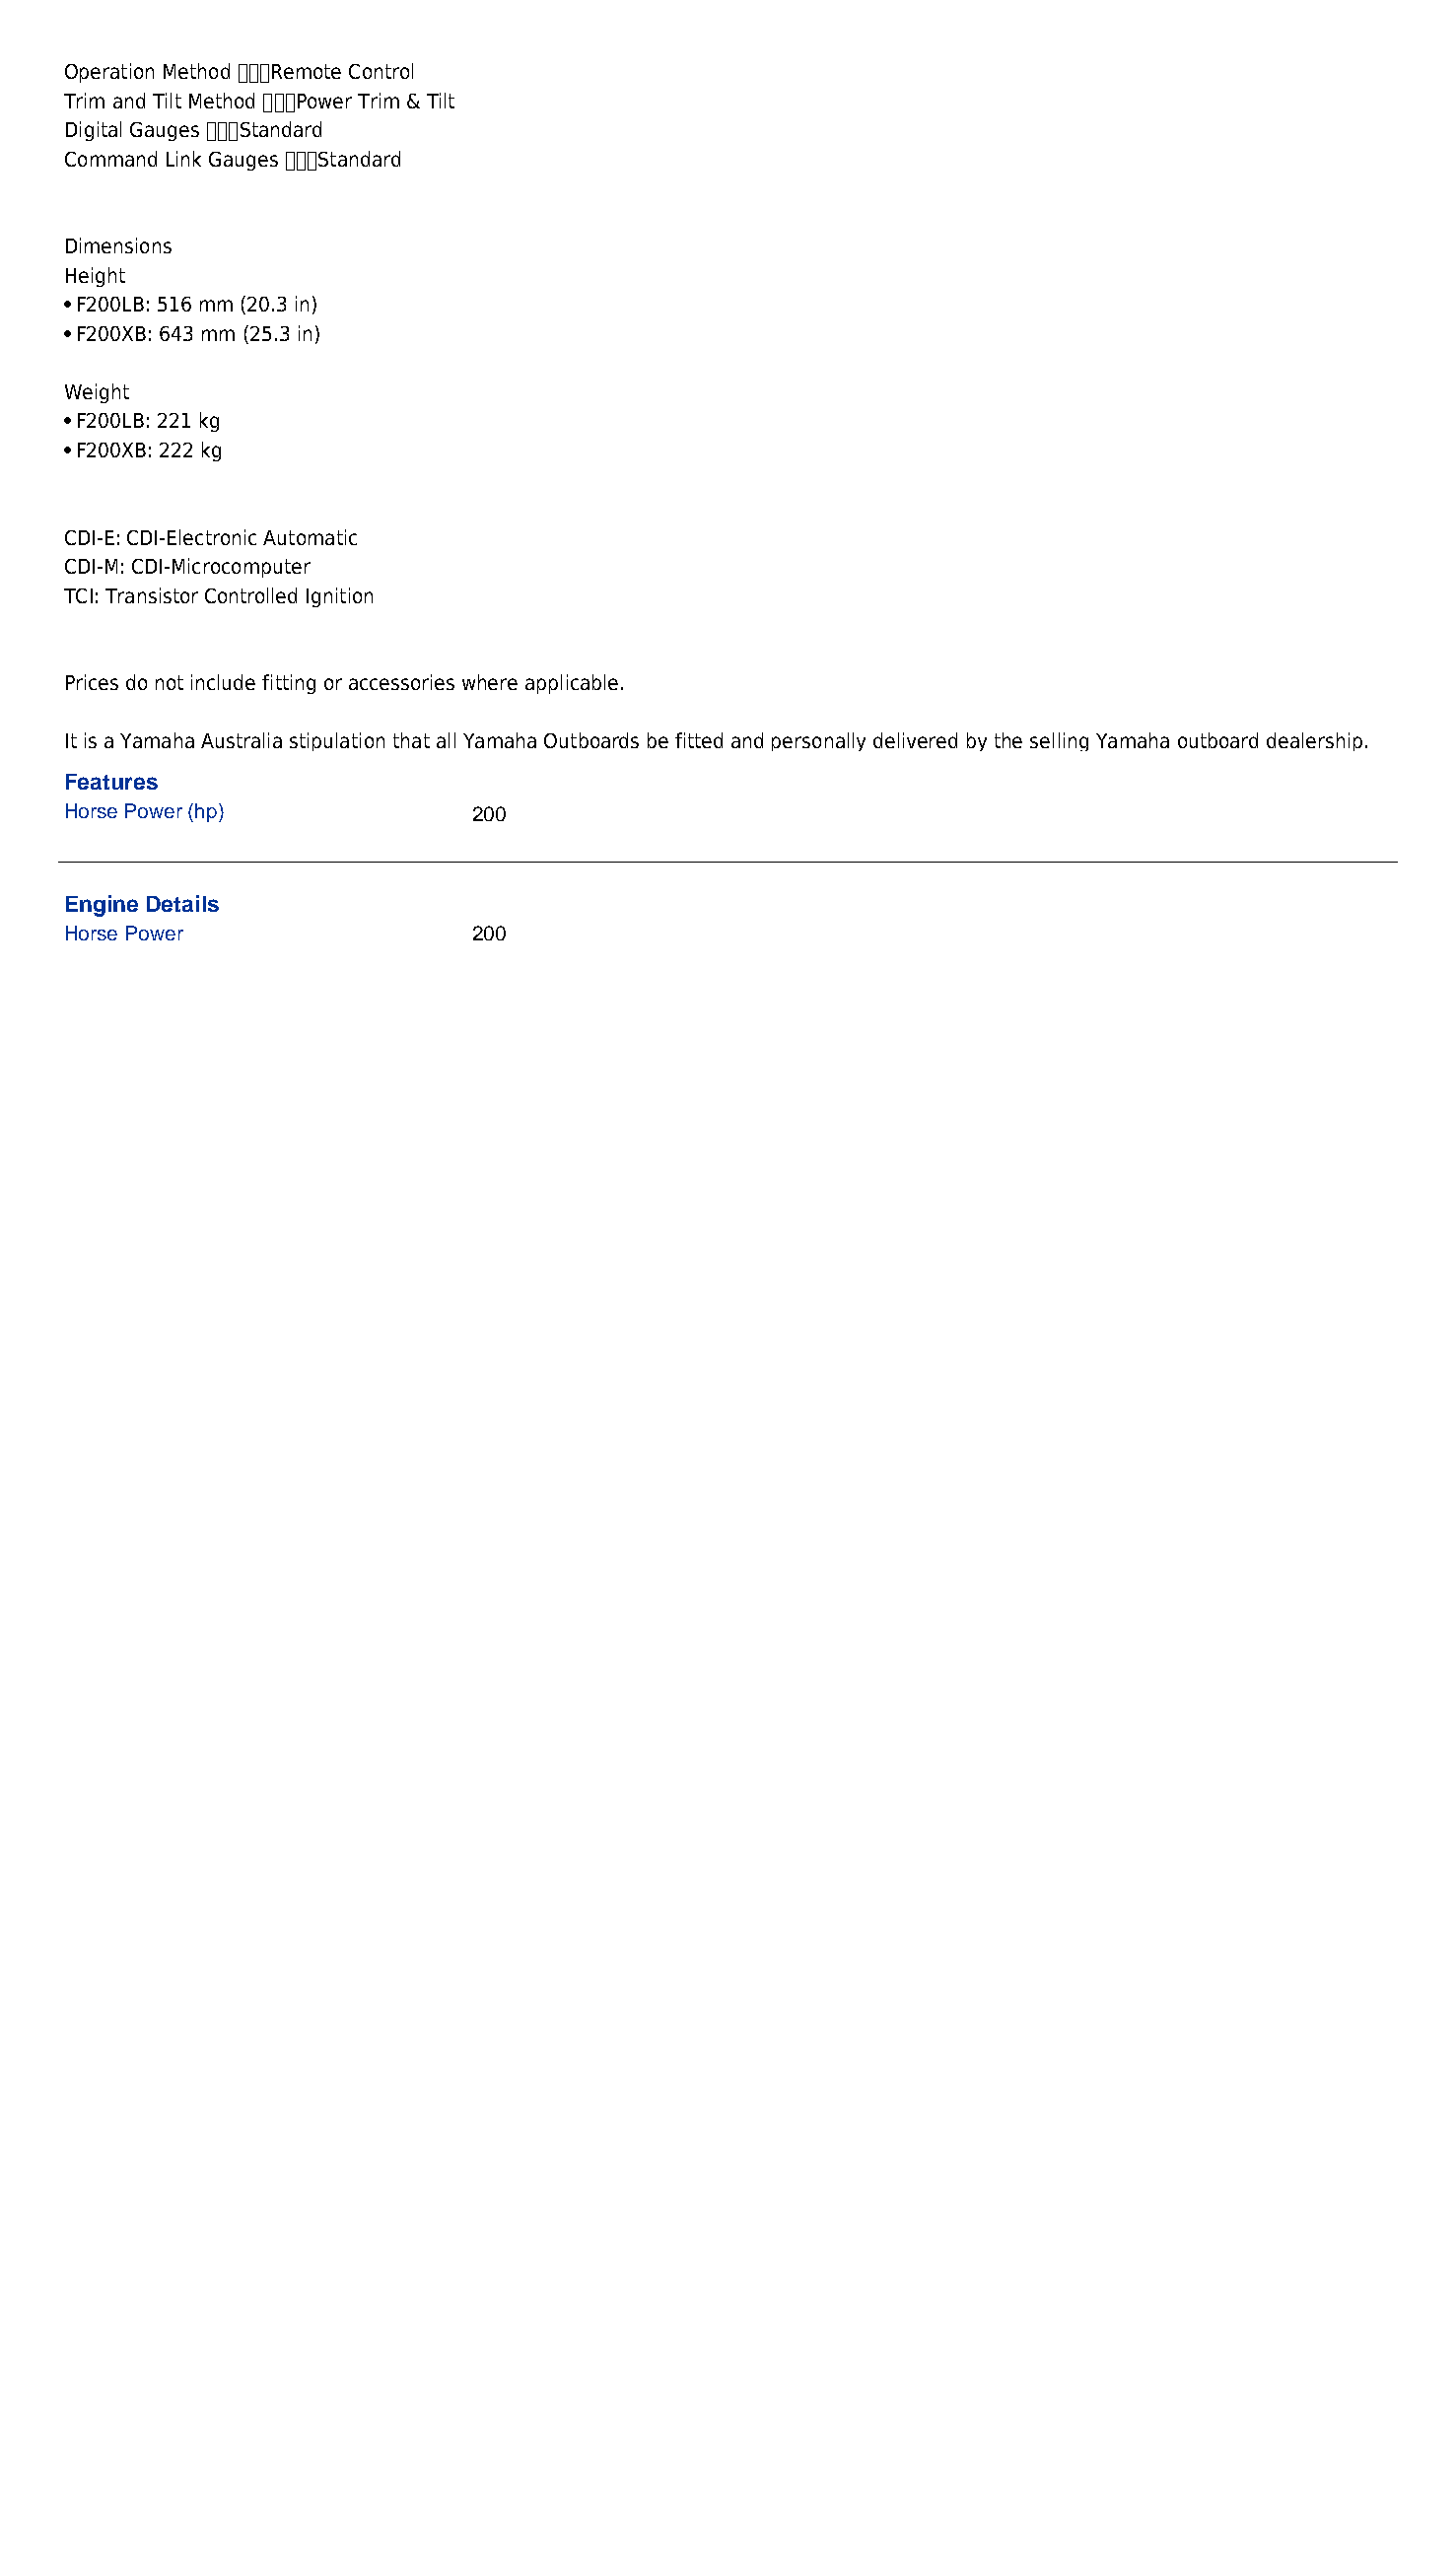
Operation Method Remote Control
 Trim and Tilt Method Power Trim & Tilt
 Digital Gauges Standard
 Command Link Gauges Standard
 Dimensions
 Height
 •F200LB: 516 mm (20.3 in)
 •F200XB: 643 mm (25.3 in)
 Weight
 •F200LB: 221 kg
 •F200XB: 222 kg
 CDI-E: CDI-Electronic Automatic
 CDI-M: CDI-Microcomputer
 TCI: Transistor Controlled Ignition
 Prices do not include fitting or accessories where applicable.
 It is a Yamaha Australia stipulation that all Yamaha Outboards be fitted and personally delivered by the selling Yamaha outboard dealership.
 Features
 Horse Power (hp)            200
 Engine Details
 Horse Power                 200